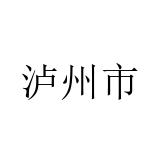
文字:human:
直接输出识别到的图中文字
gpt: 泸州市